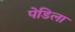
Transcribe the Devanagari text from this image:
पेडिला